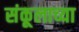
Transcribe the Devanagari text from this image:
संकूलाच्या